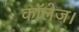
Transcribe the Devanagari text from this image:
कॉलेज।